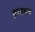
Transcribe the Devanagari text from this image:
द्रव्यमन